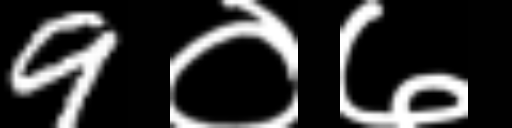
Text: 9०७